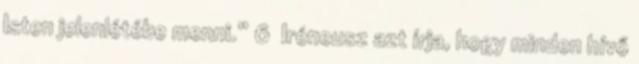
Isten jelenlétébe menni.” 6 Iréneusz azt írja, hogy minden hívő